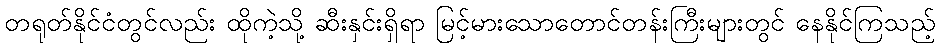
တရုတ်နိုင်ငံတွင်လည်း ထိုကဲ့သို့ ဆီးနှင်းရှိရာ မြင့်မားသောတောင်တန်းကြီးများတွင် နေနိုင်ကြသည့်